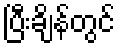
ပြီးချိန်တွင်